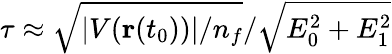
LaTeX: \tau\approx\sqrt{|V({\textbf{r}}(t_{0}))|/n_{f}}/\sqrt{E_{0}^{2}+E_{1}^{2}}